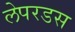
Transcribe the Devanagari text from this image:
लेपरडस